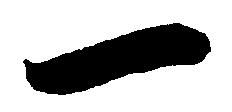
一